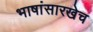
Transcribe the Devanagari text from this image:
भाषांसारखेच